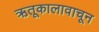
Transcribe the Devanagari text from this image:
ऋतूकालावाचून